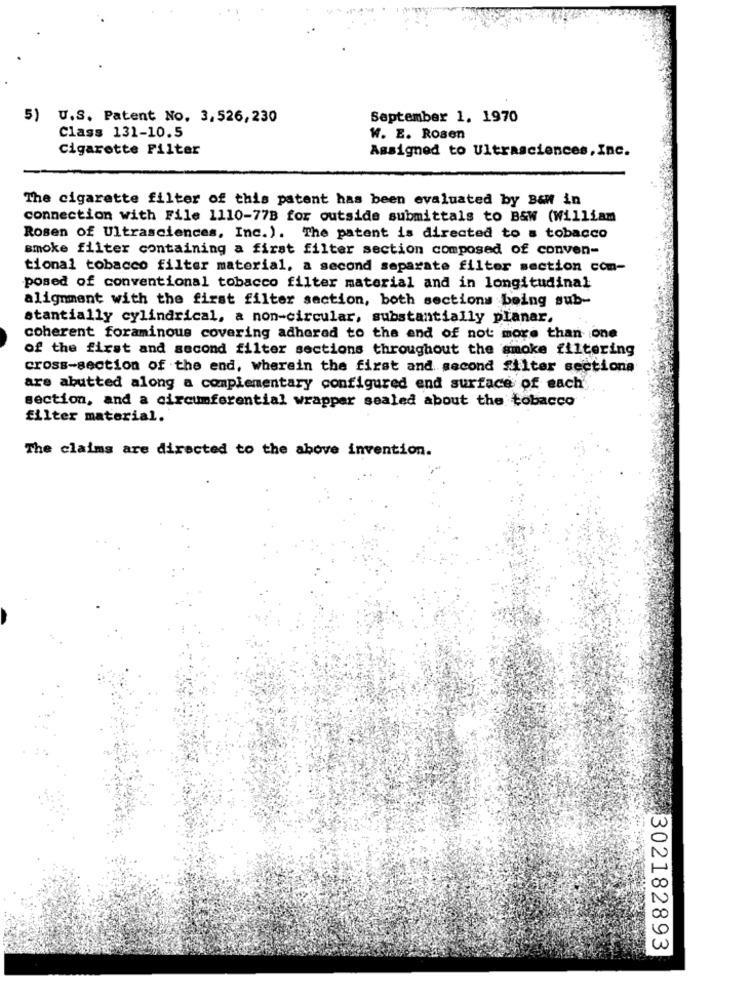
5)
U.S. Patent No. 3,526,230
September 1. 1970
Class 131-10.5
W. E. Rosen
Cigarette Filter
Assigned to Ultrasciences, Inc.
The cigarette filter of this patent has been evaluated by B&W in
connection with File 1110-778 for outside submittals to B&W (William
Rosen of Ultrasciences, Inc.). The patent is directed to a tobacco
smoke filter containing a first filter section composed of conven-
tional tobacco filter material, a second separate filter section com-
posed of conventional tobacco filter material and in longitudinal
alignment with the first filter section, both sections being sub-
stantially cylindrical, a non-circular, substantially planar.
coherent foraminous covering adhered to the end of not: more than one
of the first and second filter sections throughout the smoke filtering
cross-section of the end, wherein the first and second filter sectiona
are abutted along a complementary configured end surface of each'
section, and a circumferential wrapper sealed about the tobacco
filter material.
The claims are directed to the above invention.
302182893